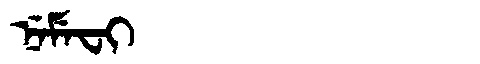
Manchu: ᠨᡝᠮᡝᠸᡳ
Romanization: NEMEFI